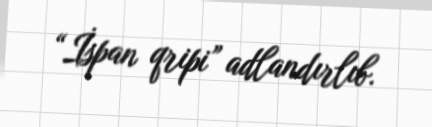
“İspan qripi” adlandırlıb.